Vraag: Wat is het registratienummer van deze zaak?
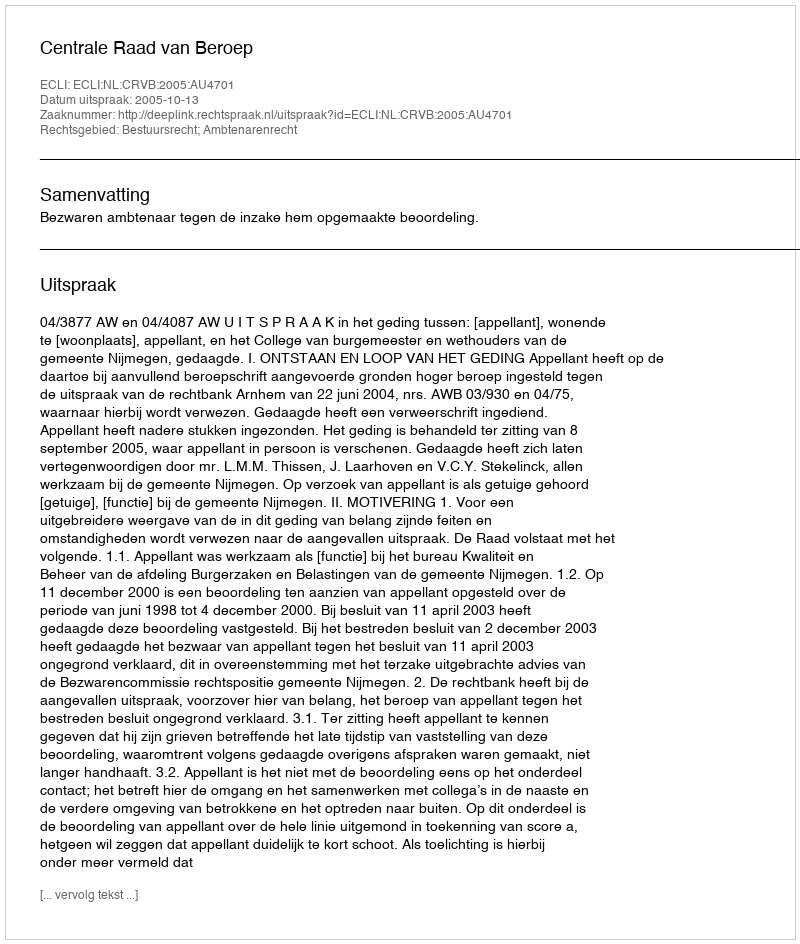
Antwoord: http://deeplink.rechtspraak.nl/uitspraak?id=ECLI:NL:CRVB:2005:AU4701